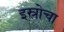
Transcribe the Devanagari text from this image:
इस्रोचा